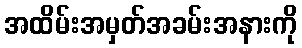
အထိမ်းအမှတ်အခမ်းအနားကို